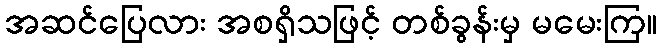
အဆင်ပြေလား အစရှိသဖြင့် တစ်ခွန်းမှ မမေးကြ။